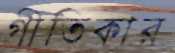
গীতিকার